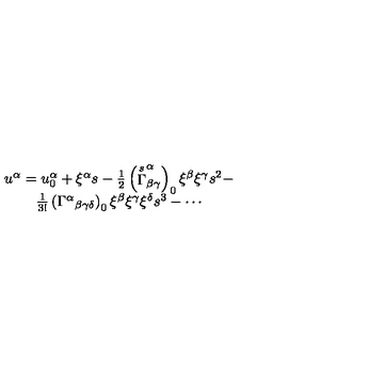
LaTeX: \begin{array} { c } { u ^ { \alpha } = u _ { 0 } ^ { \alpha } + \xi ^ { \alpha } s - \frac 1 2 \left( \stackrel { s } { \Gamma } _ { \beta \gamma } ^ { \alpha } \right) _ { 0 } \xi ^ { \beta } \xi ^ { \gamma } s ^ { 2 } - } \\ { \frac 1 { 3 ! } \left( \Gamma ^ { \alpha } { } _ { \beta \gamma \delta } \right) _ { 0 } \xi ^ { \beta } \xi ^ { \gamma } \xi ^ { \delta } s ^ { 3 } - \cdots } \\ \end{array}